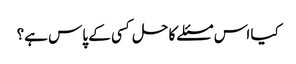
کیا اس مسئلے کا حل کسی کے پاس ہے؟